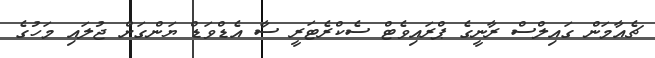
ޗެއާމަން ގައިލްސް ރާނީގެ ޕްރައިވެޓް ސެކްރެޓަރީ ސާ އެޑްވަޑް ޔަންގަށް ޖުލައި މަހުގެ